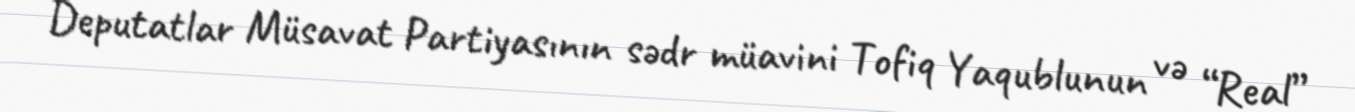
Deputatlar Müsavat Partiyasının sədr müavini Tofiq Yaqublunun və “Real”